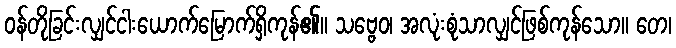
ဝန်တိုခြင်းလျှင်ငါးယောက်မြောက်ရှိကုန်၏။ သဗ္ဗေဝ၊ အလုံးစုံသာလျှင်ဖြစ်ကုန်သော။ တေ၊